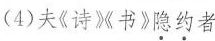
(4)夫《诗》《书》隐约者